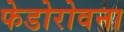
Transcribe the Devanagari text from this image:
फेडोरोवना